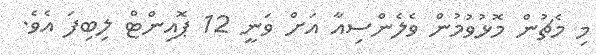
މި މެޗުން މޮޅުވުމުން ވެލެންސިއާ އަށް ވަނީ 12 ޕޮއިންޓް ލިބިފަ އެވެ.